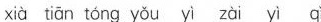
xià tián tōng yǒu yí zài yī qǐ